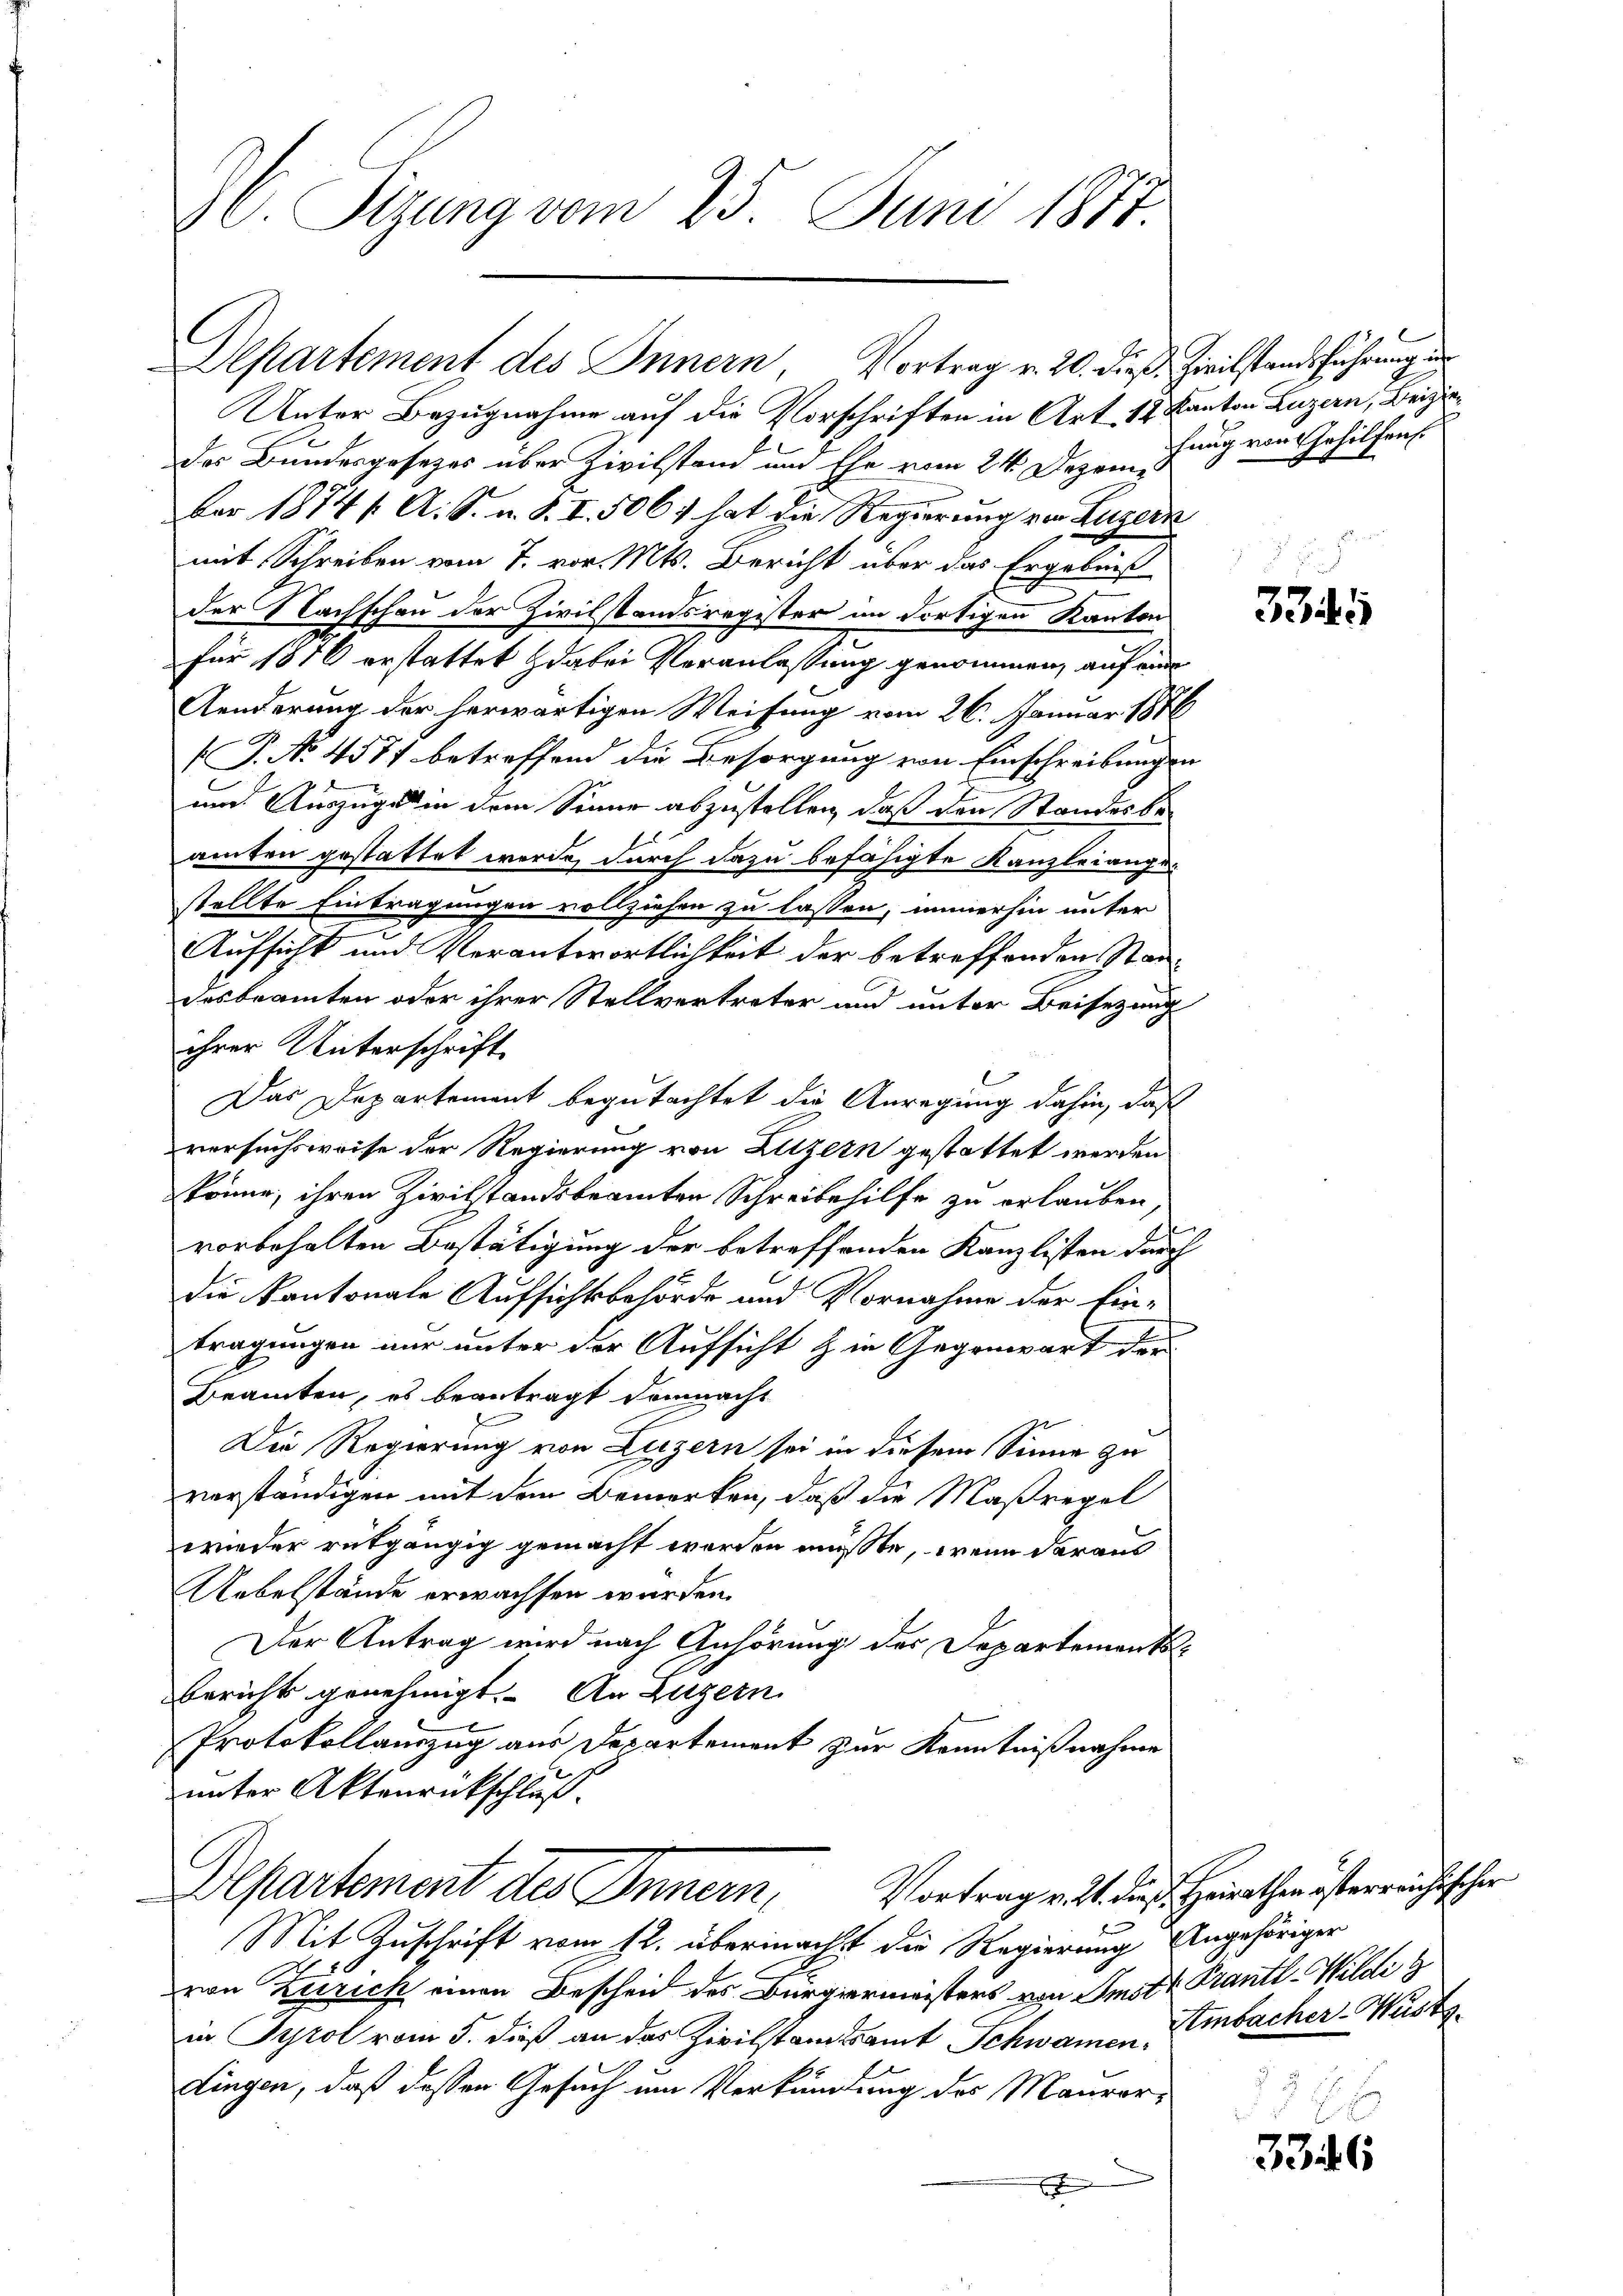
30. Sizung vom 25. Juni 1877.

Departement des Innern Vortrag v. 20. dieß. Zivilstandsführung in

Unter Bezugnahme auf die Vorschriften in Art. 12 Kanton Luzern, Beizi
des Bundesgesetzes über Zivilstand und Ehe vom 24. Dezem
ber 1874 f. A. S. u. S. I. 506. hat die Regierung von Luzern
mit Schreiben vom 7. vor. Mts. Bericht über das Ergebniß
der Nachschau der Zivilstandsregister im dortigen Kanton
für 1850 erstattet dabei Veranlassung genommen, auf eine
Aenderung der herwärtigen Weisung vom 26. Januar 1886
P. No 4587 betreffend die Besorgung von Einschreibungen
und Auszuges in dem Sinne abzustellen, daß den Standesbeamten gestattet werde, durch dazu befähigte Kanzleiangestellte Eintragungen vollziehen zu lassen, immerhin unter
Aufsicht und Verantwortlichkeit der betreffenden Staddesbeamten oder ihrer Stellvertreter und unter Beisezung
ihrer Unterschrift
Das Departement begutachtet die Anregung dahin, daß
versuchsweise der Regierung von Luzern gestattet werden
könne, ihren Zivilstandsbeamten Schreibehilfe zu erlauben,
vorbehalten Bestätigung der betreffenden Kanzlisten durch
die Kantonale Aufsichtsbehörde und Vornahme der Ein-
tragungen nur unter der Aufsicht in Gegenwart der
Beamten, es beantragt demnacht
Die Regierung von Luzern sei in diesem Sinne zu
verständigen mit dem Bemerken, daß die Maßregel
wieder entgängig gemacht werden müßte, wenn daraus
Uebelstände erwachsen wurden.
Der Antrag wird nach Anhörung des Departements¬
Bericht genehmigt. An Luzern
Protokollauszug aus Departement zur Kenntnißnahme
unter Aktenrückschluß.
Vortrag v. 2. diese Heirathen österreichischer
Departement des Innern,
Mit Zuschrift vom 12. übermacht die Regierung Angehöriger
von Zürich einen Bescheid des Bürgermeisters von Imstr. Prantl-Wildi &
in Tyrol vom 5. dieß an das Zivilstandsamt Schwamen Embacher Wüste.
dingen, daß dessen Gesuch um Verkündung des Maurer-
x

hung von Gehilfens.

3345

3346